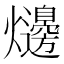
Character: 𤓋